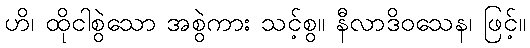
ဟိ၊ ထိုငါစွဲသော အစွဲကား သင့်စွ။ နီလာဒိဝသေန၊ ဖြင့်။